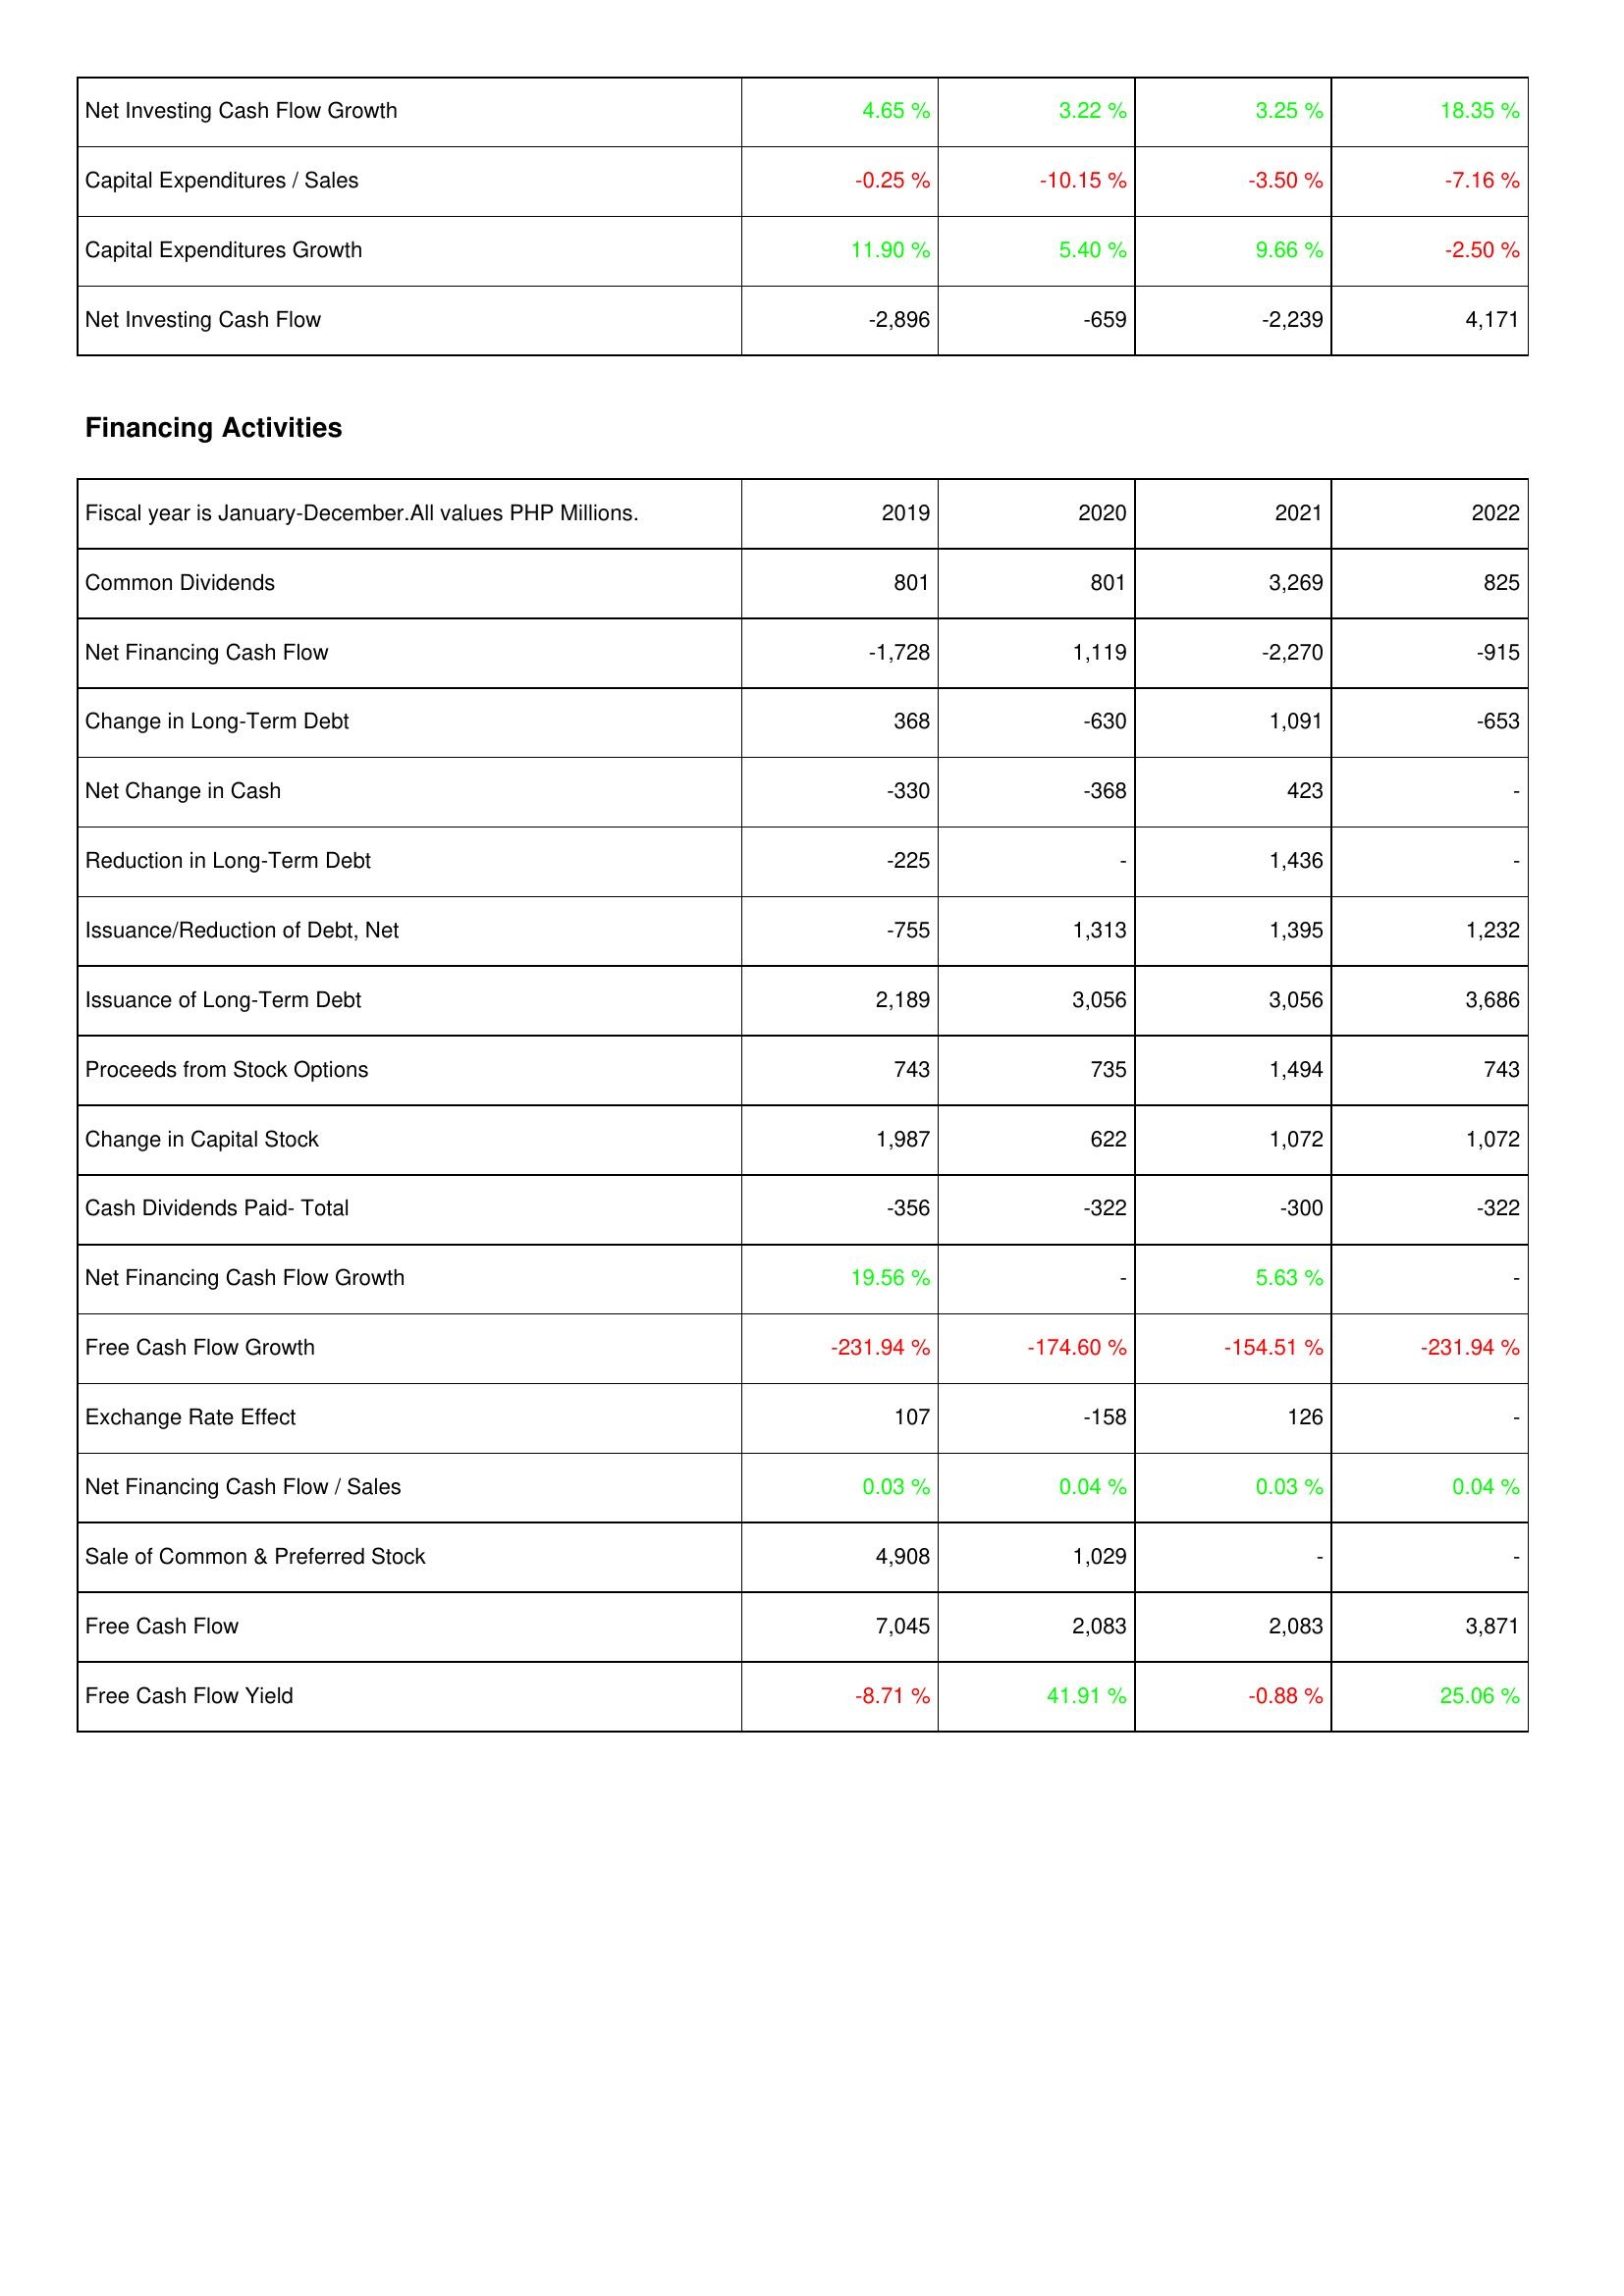
2019: Investing Activities: Net Investing Cash Flow Growth: 4.65 %
Capital Expenditures / Sales: -0.25 %
Capital Expenditures Growth: 11.90 %
Net Investing Cash Flow: -2,896
Financing Activities: Common Dividends: 801
Net Financing Cash Flow: -1,728
Change in Long-Term Debt: 368
Net Change in Cash: -330
Reduction in Long-Term Debt: -225
Issuance/Reduction of Debt, Net: -755
Issuance of Long-Term Debt: 2,189
Proceeds from Stock Options: 743
Change in Capital Stock: 1,987
Cash Dividends Paid- Total: -356
Net Financing Cash Flow Growth: 19.56 %
Free Cash Flow Growth: -231.94 %
Exchange Rate Effect: 107
Net Financing Cash Flow / Sales: 0.03 %
Sale of Common & Preferred Stock: 4,908
Free Cash Flow: 7,045
Free Cash Flow Yield: -8.71 %
2020: Investing Activities: Net Investing Cash Flow Growth: 3.22 %
Capital Expenditures / Sales: -10.15 %
Capital Expenditures Growth: 5.40 %
Net Investing Cash Flow: -659
Financing Activities: Common Dividends: 801
Net Financing Cash Flow: 1,119
Change in Long-Term Debt: -630
Net Change in Cash: -368
Reduction in Long-Term Debt: -
Issuance/Reduction of Debt, Net: 1,313
Issuance of Long-Term Debt: 3,056
Proceeds from Stock Options: 735
Change in Capital Stock: 622
Cash Dividends Paid- Total: -322
Net Financing Cash Flow Growth: -
Free Cash Flow Growth: -174.60 %
Exchange Rate Effect: -158
Net Financing Cash Flow / Sales: 0.04 %
Sale of Common & Preferred Stock: 1,029
Free Cash Flow: 2,083
Free Cash Flow Yield: 41.91 %
2021: Investing Activities: Net Investing Cash Flow Growth: 3.25 %
Capital Expenditures / Sales: -3.50 %
Capital Expenditures Growth: 9.66 %
Net Investing Cash Flow: -2,239
Financing Activities: Common Dividends: 3,269
Net Financing Cash Flow: -2,270
Change in Long-Term Debt: 1,091
Net Change in Cash: 423
Reduction in Long-Term Debt: 1,436
Issuance/Reduction of Debt, Net: 1,395
Issuance of Long-Term Debt: 3,056
Proceeds from Stock Options: 1,494
Change in Capital Stock: 1,072
Cash Dividends Paid- Total: -300
Net Financing Cash Flow Growth: 5.63 %
Free Cash Flow Growth: -154.51 %
Exchange Rate Effect: 126
Net Financing Cash Flow / Sales: 0.03 %
Sale of Common & Preferred Stock: -
Free Cash Flow: 2,083
Free Cash Flow Yield: -0.88 %
2022: Investing Activities: Net Investing Cash Flow Growth: 18.35 %
Capital Expenditures / Sales: -7.16 %
Capital Expenditures Growth: -2.50 %
Net Investing Cash Flow: 4,171
Financing Activities: Common Dividends: 825
Net Financing Cash Flow: -915
Change in Long-Term Debt: -653
Net Change in Cash: -
Reduction in Long-Term Debt: -
Issuance/Reduction of Debt, Net: 1,232
Issuance of Long-Term Debt: 3,686
Proceeds from Stock Options: 743
Change in Capital Stock: 1,072
Cash Dividends Paid- Total: -322
Net Financing Cash Flow Growth: -
Free Cash Flow Growth: -231.94 %
Exchange Rate Effect: -
Net Financing Cash Flow / Sales: 0.04 %
Sale of Common & Preferred Stock: -
Free Cash Flow: 3,871
Free Cash Flow Yield: 25.06 %